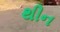
થીન